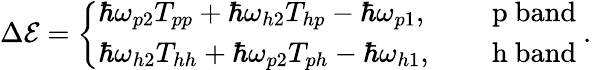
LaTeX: \begin{array}{r}{\Delta{\cal E}=\left\{ \begin{array}{ll}{\hbar\omega_{p2}T_{pp}+\hbar\omega_{h2}T_{hp}-\hbar\omega_{p1},}&{\quad\mathrm{~p~band~}}\\ {\hbar\omega_{h2}T_{hh}+\hbar\omega_{p2}T_{ph}-\hbar\omega_{h1},}&{\quad\mathrm{~h~band~}}\end{array}\right..}\end{array}